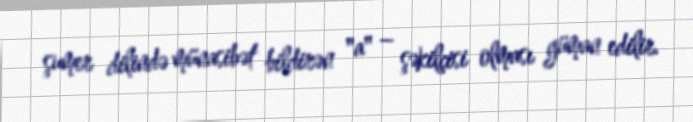
şumer dilində münasibət bildirən "a" – şəkilçisi olması güman edilir.